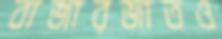
বাজারজাতও